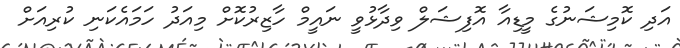
އަދި ކޮމިޝަނުގެ މީޑިއާ އޮފިޝަލް ވިދާޅުވީ ނައީމް ހާޒިރުކޮށް މިއަދު ހަމައެކަނި ކުރިއަށް